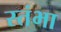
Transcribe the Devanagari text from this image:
स्तंभा